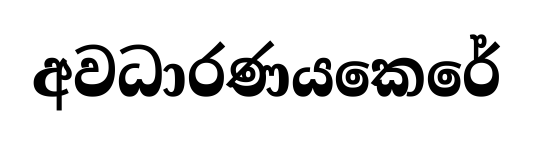
අවධාරණයකෙරේ